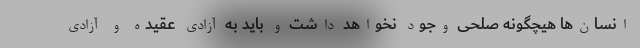
انسان‌ها هیچگونه صلحی وجود نخواهد داشت و باید به آزادی عقیده و آزادی